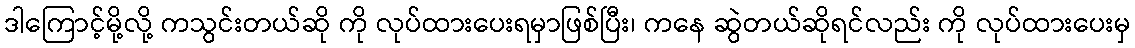
ဒါကြောင့်မို့လို့ ကသွင်းတယ်ဆို ကို လုပ်ထားပေးရမှာဖြစ်ပြီး၊ ကနေ ဆွဲတယ်ဆိုရင်လည်း ကို လုပ်ထားပေးမှ